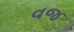
વજ